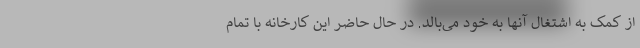
از کمک به اشتغال آنها به خود می‌بالد. در حال حاضر این کارخانه با تمام